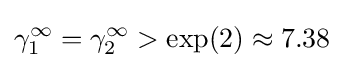
\gamma _{1}^{\infty }=\gamma _{2}^{\infty }>\exp(2)\approx 7.38